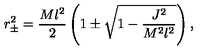
r _ { \pm } ^ { 2 } = \frac { M l ^ { 2 } } { 2 } \left( 1 \pm \sqrt { 1 - \frac { J ^ { 2 } } { M ^ { 2 } l ^ { 2 } } } \right) ,